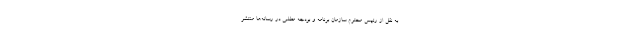
به نقل از رئیس محترم سازمان برنامه و بودجه مطلبی در رسانه‌ها منتشر